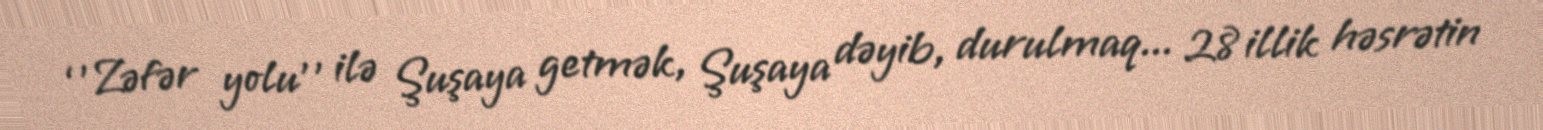
‘’Zəfər yolu’’ ilə Şuşaya getmək, Şuşaya dəyib, durulmaq... 28 illik həsrətin